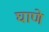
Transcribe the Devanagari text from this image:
घाणे